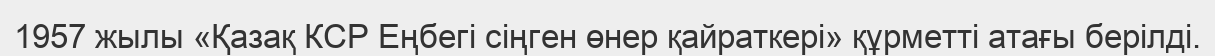
1957 жылы «Қазақ КСР Еңбегі сіңген өнер қайраткері» құрметті атағы берілді.